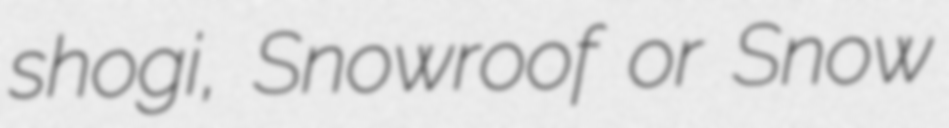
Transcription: shogi, Snowroof or Snow